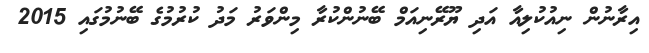
އިރާނުން ނިއުކުލިއާ އަދި ޔޫރޭނިއަމް ބޭނުންކުރާ މިންވަރު މަދު ކުރުމުގެ ބޭނުމުގައި 2015